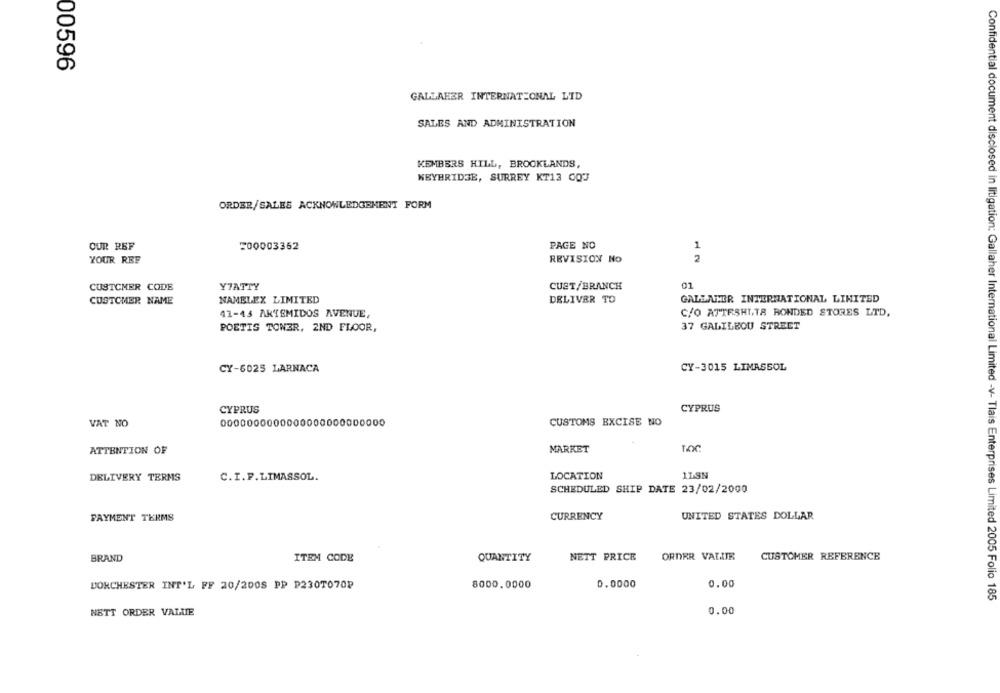
00596
GALLAHER INTERNATIONAL LID
SALES AND ADMINISTRATION
MEMBERS HILL, BROOKLANDS,
WEYBRIDGE, SURREY KT13 CQ3
ORDER/SALES ACKNOWLEDGEMENT FORM
OUR REF
200003362
PAGE NO
1
YOUR REF
REVISION No
2
CUSTOMER CODE
Y7ATTY
CUST/BRANCH
01
GALLATER INTERNATIONAL LIMITED
CUSTOMER NAME
NAMELEX LIMITED
DELIVER TO
C/O ATTESHITS BONDED STORES LTD,
41-43 ARTEMIDOS AVENUE,
37 GALILBOU STREET
POETIS TOWER, 2ND FLOOR,
CY-6025 LARNACA
CY-3015 LIMASSOL
CYPRUS
CYPRUS
0000000000000000000000000
CUSTOMS EXCISE NO
VAT NO
MARKET
ATTENTION OF
DELIVERY TERMS
C.I.F.LIMASSOL.
LOCATION
ILSN
SCHEDULED SHIP DATE 23/02/2000
PAYMENT TERMS
CURRENCY
UNITED STATES DOLLAR
BRAND
ITEM CODE
QUANTITY
NETT PRICE
ORDER VALITE
CUSTOMER REFERENCE
DORCHESTER INT'L FF 20/200S PP P230T070₽
8000.0000
0.0000
0.00
Confidential document disclosed in litigation: Gallaher International Limited -v- Tlais Enterprises Limited 2005 Folio 185
NETT ORDER VALLE
0.00